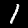
Digit: 1